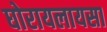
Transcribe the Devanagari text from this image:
घोरायलायसा